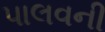
પાલવની